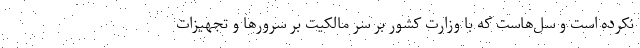
نکرده است و سل‌هاست که با وزارت کشور بر سر مالکیت بر سرورها و تجهیزات